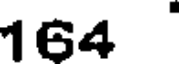
164